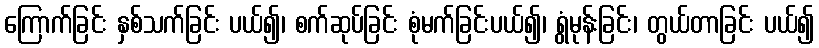
ကြောက်ခြင်း နှစ်သက်ခြင်း ပယ်၍၊ စက်ဆုပ်ခြင်း စုံမက်ခြင်းပယ်၍၊ ရွံမုန်းခြင်း၊ တွယ်တာခြင်း ပယ်၍